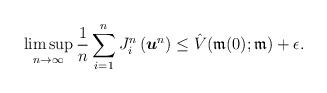
LaTeX: \begin{align*}\limsup_{n\to\infty} \frac{1}{n} \sum_{i=1}^{n} J^{n}_{i}\left(\boldsymbol{u}^{n}\right) \leq \hat{V}(\mathfrak{m}(0);\mathfrak{m}) + \epsilon.\end{align*}